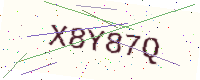
Text: X8Y87Q